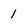
Character: 1